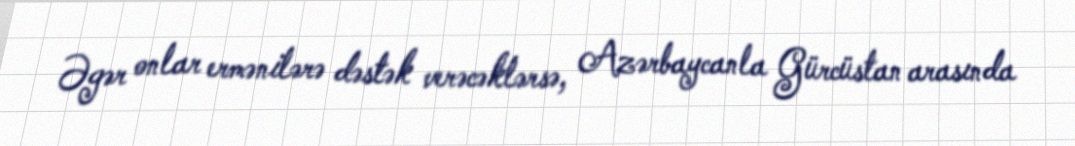
Əgər onlar ermənilərə dəstək verəcəklərsə, Azərbaycanla Gürcüstan arasında